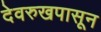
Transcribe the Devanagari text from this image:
देवरुखपासून